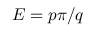
E = p \pi / q